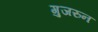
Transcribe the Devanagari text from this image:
गुजरुन